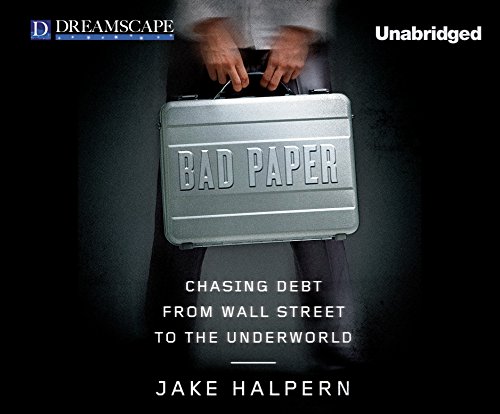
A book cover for Bad Paper: Chasing Debt from Wall Street to the Underworld; Jake Halpern; Biographies & Memoirs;